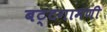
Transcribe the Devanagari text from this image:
बट्टगामणी